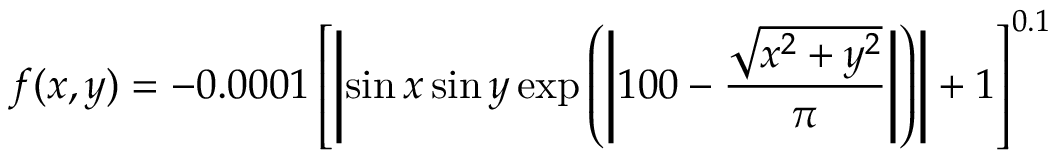
f ( x , y ) = - 0 . 0 0 0 1 \left[ \left| \sin x \sin y \exp \left( \left| 1 0 0 - { \frac { \sqrt { x ^ { 2 } + y ^ { 2 } } } { \pi } } \right| \right) \right| + 1 \right] ^ { 0 . 1 }